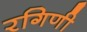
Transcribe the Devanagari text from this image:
रगिणी